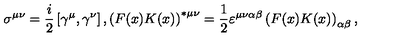
\sigma ^ { \mu \nu } = \frac { i } { 2 } \left[ \gamma ^ { \mu } , \gamma ^ { \nu } \right] , \left( F ( x ) K ( x ) \right) ^ { \ast \mu \nu } = \frac { 1 } { 2 } \varepsilon ^ { \mu \nu \alpha \beta } \left( F ( x ) K ( x ) \right) _ { \alpha \beta } ,